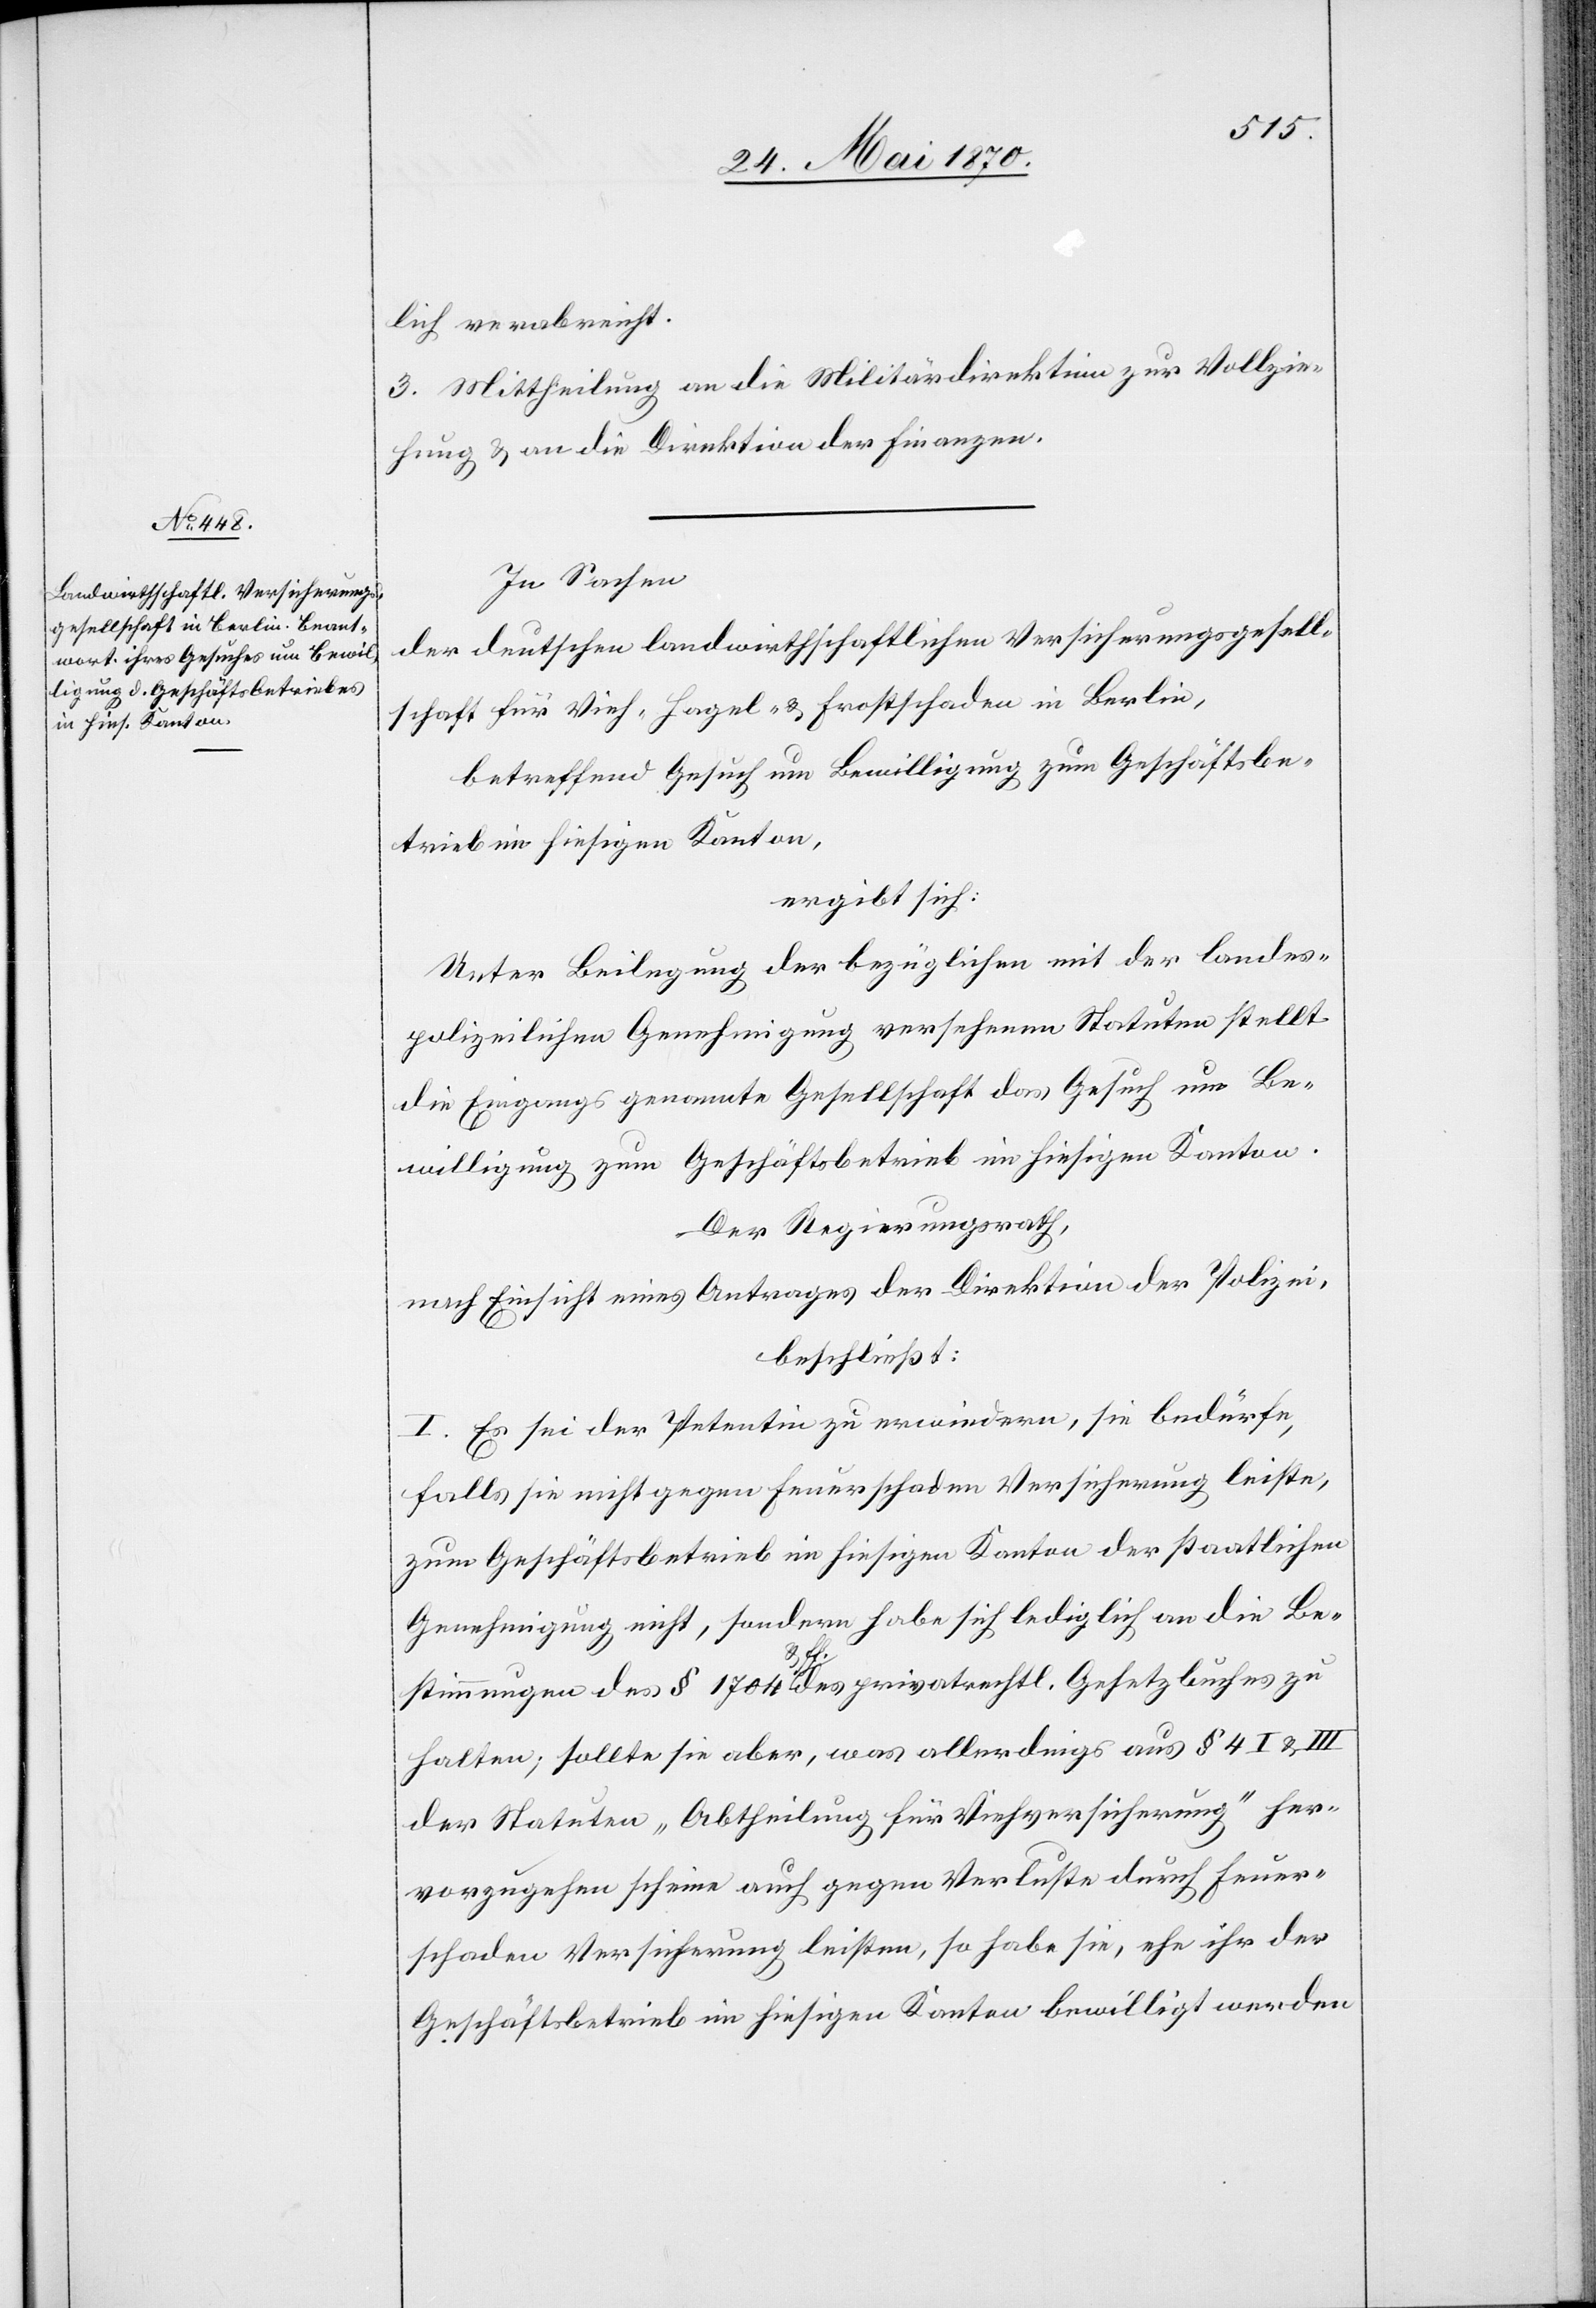
lich verabreicht.
3. Mittheilung an die Militärdirektion zur Vollzie¬
hung & an die Direktion der Finanzen.
In Sachen
der deutschen landwirthschaftlichen Versicherungsgesell¬
schaft für Vieh-[,] Hagel- & Frostschaden in Berlin,
betreffend Gesuch um Bewilligung zum Geschäftsbe¬
trieb im hiesigen Kanton,
ergibt sich:
Unter Beilegung der bezüglichen mit der landes¬
polizeilichen Genehmigung versehenen Statuten stellt
die eingangs genannte Gesellschaft das Gesuch um Be¬
willigung zum Geschäftsbetrieb im hiesigen Kanton.
Der Regierungsrath,
nach Einsicht eines Antrages der Direktion der Polizei,
beschließt:
I. Es sei der Petentin zu erwiedern, sie bedürfe,
falls sie nicht gegen Feuerschaden Versicherung leiste,
zum Geschäftsbetrieb im hiesigen Kanton der staatlichen
Genehmigung nicht, sondern habe sich lediglich an die Be¬
stimmungen des § 1704 a-u ff.-a des privatrechtl. Gesetzbuches zu
halten; sollte sie aber, was allerdings aus § 4 I & III
der Statuten „Abtheilung für Viehversicherung“ her¬
vorzugehen scheine[,] auch gegen Verluste durch Feuer¬
schaden Versicherung leisten, so habe sie, ehe ihr der
Geschäftsbetrieb im hiesigen Kanton bewilligt werden